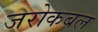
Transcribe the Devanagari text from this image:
जरोकबल